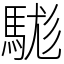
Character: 駹